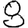
Digit: 8